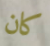
كان